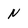
Character: N